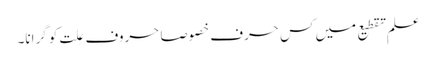
علمِ تقطیع میں کس حرف خصوصاََ حروفِ عِلت کو گرانا۔